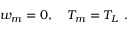
w _ { m } = 0 , \quad T _ { m } = T _ { L } ~ .